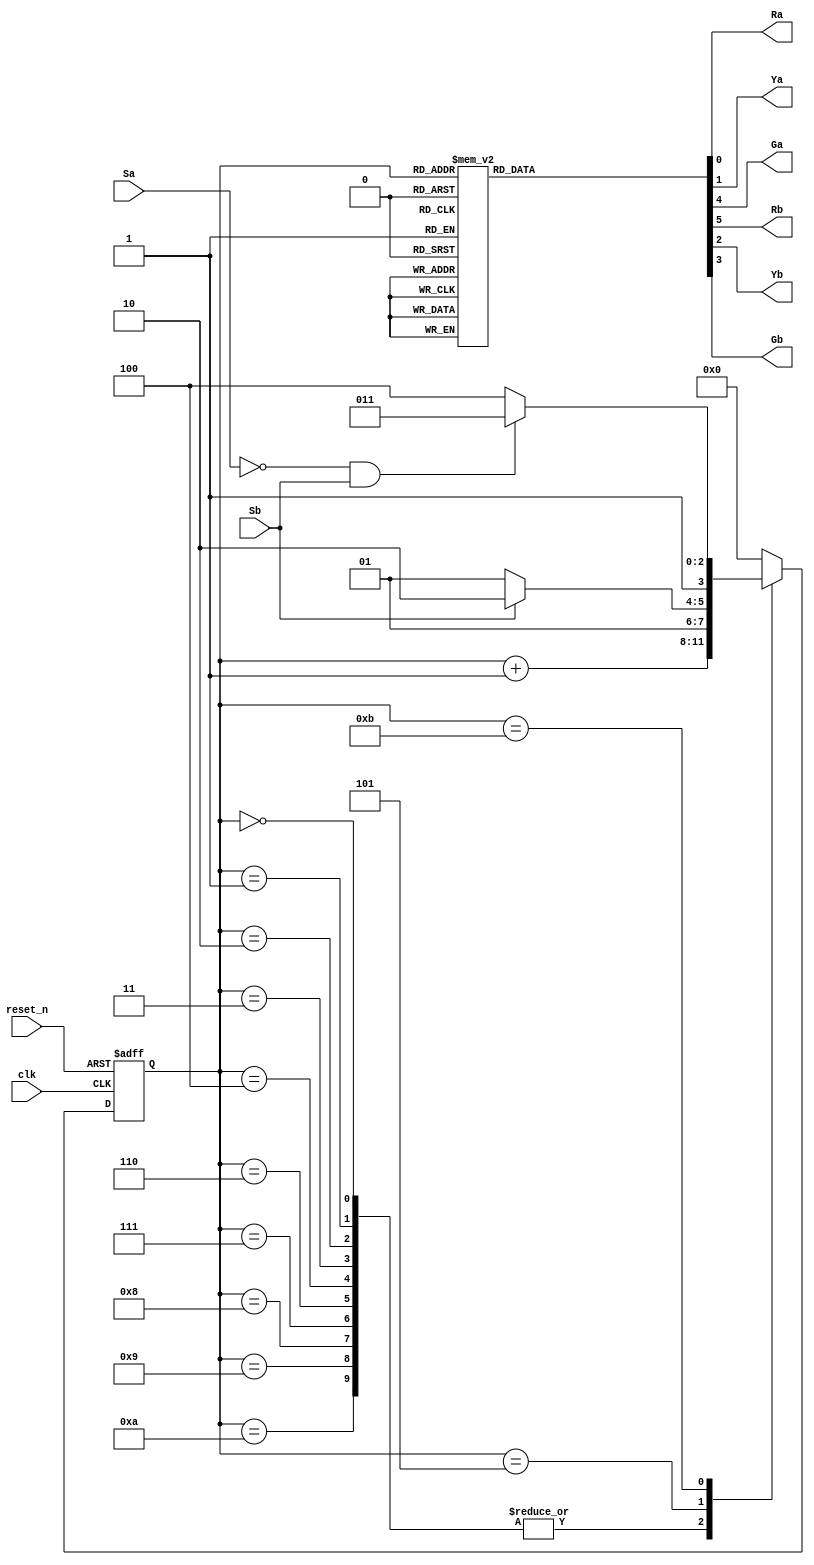
module traffic_light_controller(
    input clk, reset_n,
    input Sa, Sb,
    output reg Ra, Ya, Ga,
    output reg Rb, Yb, Gb
);

    reg [3:0] state_reg, state_next;
    localparam s0 = 0, s1 = 1, s2 = 2, s3 = 3, s4 = 4, s5 = 5, s6 = 6, s7 = 7, s8 = 8, s9 = 9, s10 = 10, s11 = 11, s12 = 12;

    always @(posedge clk, negedge reset_n) begin
        if (~reset_n)
            state_reg <= s0;
        else
            state_reg <= state_next;
    end

    always @(*) begin
        state_next = state_reg;
        case (state_reg)
            s0, s1, s2, s3, s4, s6, s7, s8, s9, s10:
                state_next = state_reg + 1;
            s5:
                if (~Sb)
                    state_next = s5;
                else
                    state_next = s6;
            s11:
                if (~Sa & Sb)
                    state_next = s11;
                else
                    state_next = s12;
            default: state_next = s0;
        endcase
    end

    always @(*) begin
        Ra = 1'b0;
        Ya = 1'b0;
        Ga = 1'b0;
        Rb = 1'b0;
        Yb = 1'b0;
        Gb = 1'b0;
        case (state_reg)
            s0, s1, s2, s3, s4, s5:
                begin
                    Ga = 1'b1;
                    Rb = 1'b1;
                end
            s6:
                begin
                    Ya = 1'b1;
                    Rb = 1'b1;
                end
            s7, s8, s9, s10, s11:
                begin
                    Ra = 1'b1;
                    Gb = 1'b1;
                end
            s12:
                begin
                    Ra = 1'b1;
                    Yb = 1'b1;
                end
        endcase
    end

endmodule